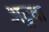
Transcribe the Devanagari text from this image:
अटुवा